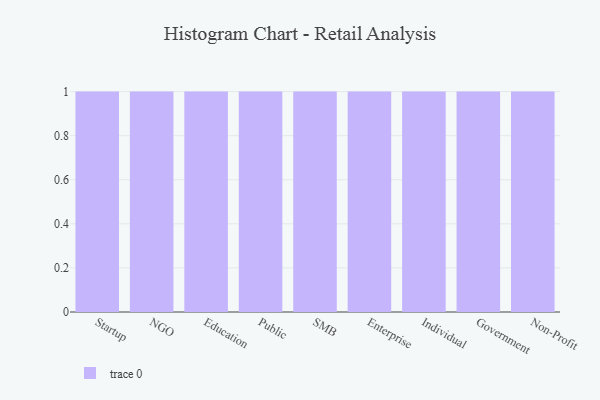
{"axis": {"x": "Segment", "y": "Gross Profit (USD K)"}, "legend": [""], "data": [{"x": "Startup", "y": 50, "type": ""}, {"x": "NGO", "y": 21, "type": ""}, {"x": "Education", "y": 48, "type": ""}, {"x": "Public", "y": 14, "type": ""}, {"x": "SMB", "y": 97, "type": ""}, {"x": "Enterprise", "y": 43, "type": ""}, {"x": "Individual", "y": 41, "type": ""}, {"x": "Government", "y": 11, "type": ""}, {"x": "Non-Profit", "y": 51, "type": ""}]}